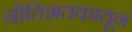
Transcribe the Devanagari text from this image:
नीतिशतकातून